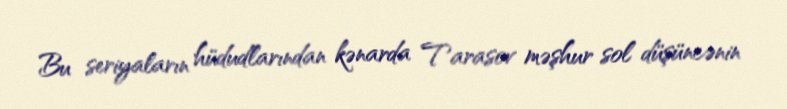
Bu seriyaların hüdudlarından kənarda Tarasov məşhur sol düşüncənin